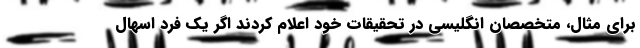
برای مثال، متخصصان انگلیسی در تحقیقات خود اعلام کردند اگر یک فرد اسهال